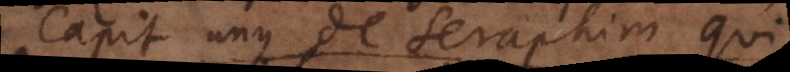
Capit unus de Seraphim qui